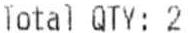
TOTAL QTY: 2